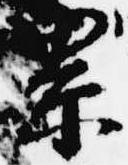
累